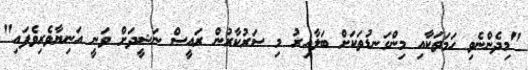
"މިދެންނެވި ހަމަތަކާއި މިންގަނޑުތަކަށް ބަލާއިރު މި ސަރުކާރުން ރައީސް ނަޝީދަށް ވަނީ އަނިޔާވެރިވެފައި"